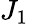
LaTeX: J_{1}